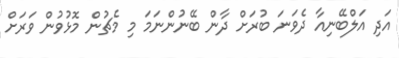
އަދި އަލްބޭނިއާ ދެވަނަ ބުރަށް ދާން ބޭނުންނަމަ މި މެޗުން މޮޅުވުން ވަރަށް